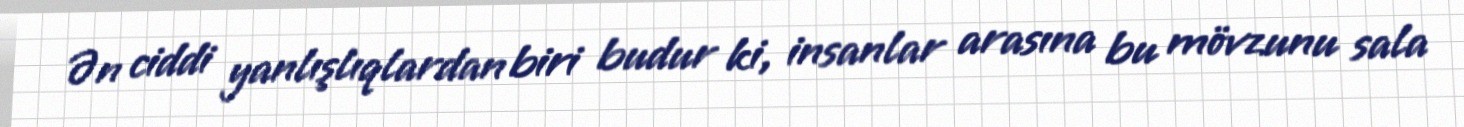
Ən ciddi yanlışlıqlardan biri budur ki, insanlar arasına bu mövzunu sala